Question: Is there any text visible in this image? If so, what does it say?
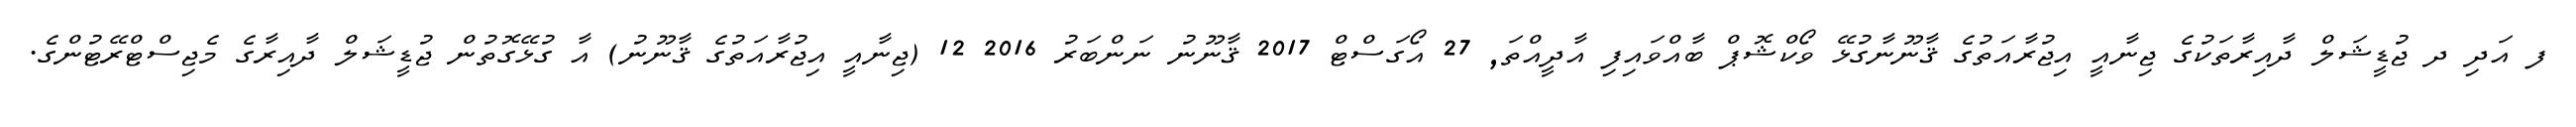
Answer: ފ އަދި ދ ޖުޑީޝަލް ދާއިރާތަކުގެ ޖިނާއީ އިޖުރާއަތުގެ ޤާނޫނާގުޅޭ ވޯކްޝޮޕް ބާއްވައިފި އާދީއްތަ, 27 އޯގަސްޓް 2017 ޤާނޫނު ނަންބަރު 2016 12 (ޖިނާއީ އިޖުރާއަތުގެ ޤާނޫނު) އާ ގުޅޭގޮތުން ޖުޑީޝަލް ދާއިރާގެ މެޖިސްޓްރޭޓުންގެ.